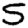
Digit: 5